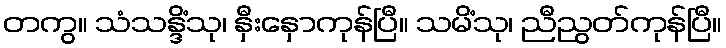
တကွ။ သံသန္ဒိံသု၊ နှီးနှောကုန်ပြီ။ သမိံသု၊ ညီညွတ်ကုန်ပြီ။